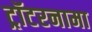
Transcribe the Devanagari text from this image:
ट्रॉटरनामा